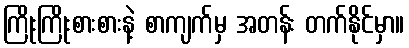
ကြိုးကြိုးစားစားနဲ့ စာကျက်မှ အတန်း တက်နိုင်မှာ။